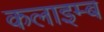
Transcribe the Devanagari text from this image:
कलाइम्ब